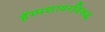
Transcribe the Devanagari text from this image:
हॅम्पशायरविरूद्ध